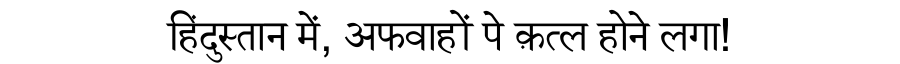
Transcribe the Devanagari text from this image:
हिंदुस्तान में, अफवाहों पे क़त्ल होने लगा!